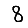
Digit: 8